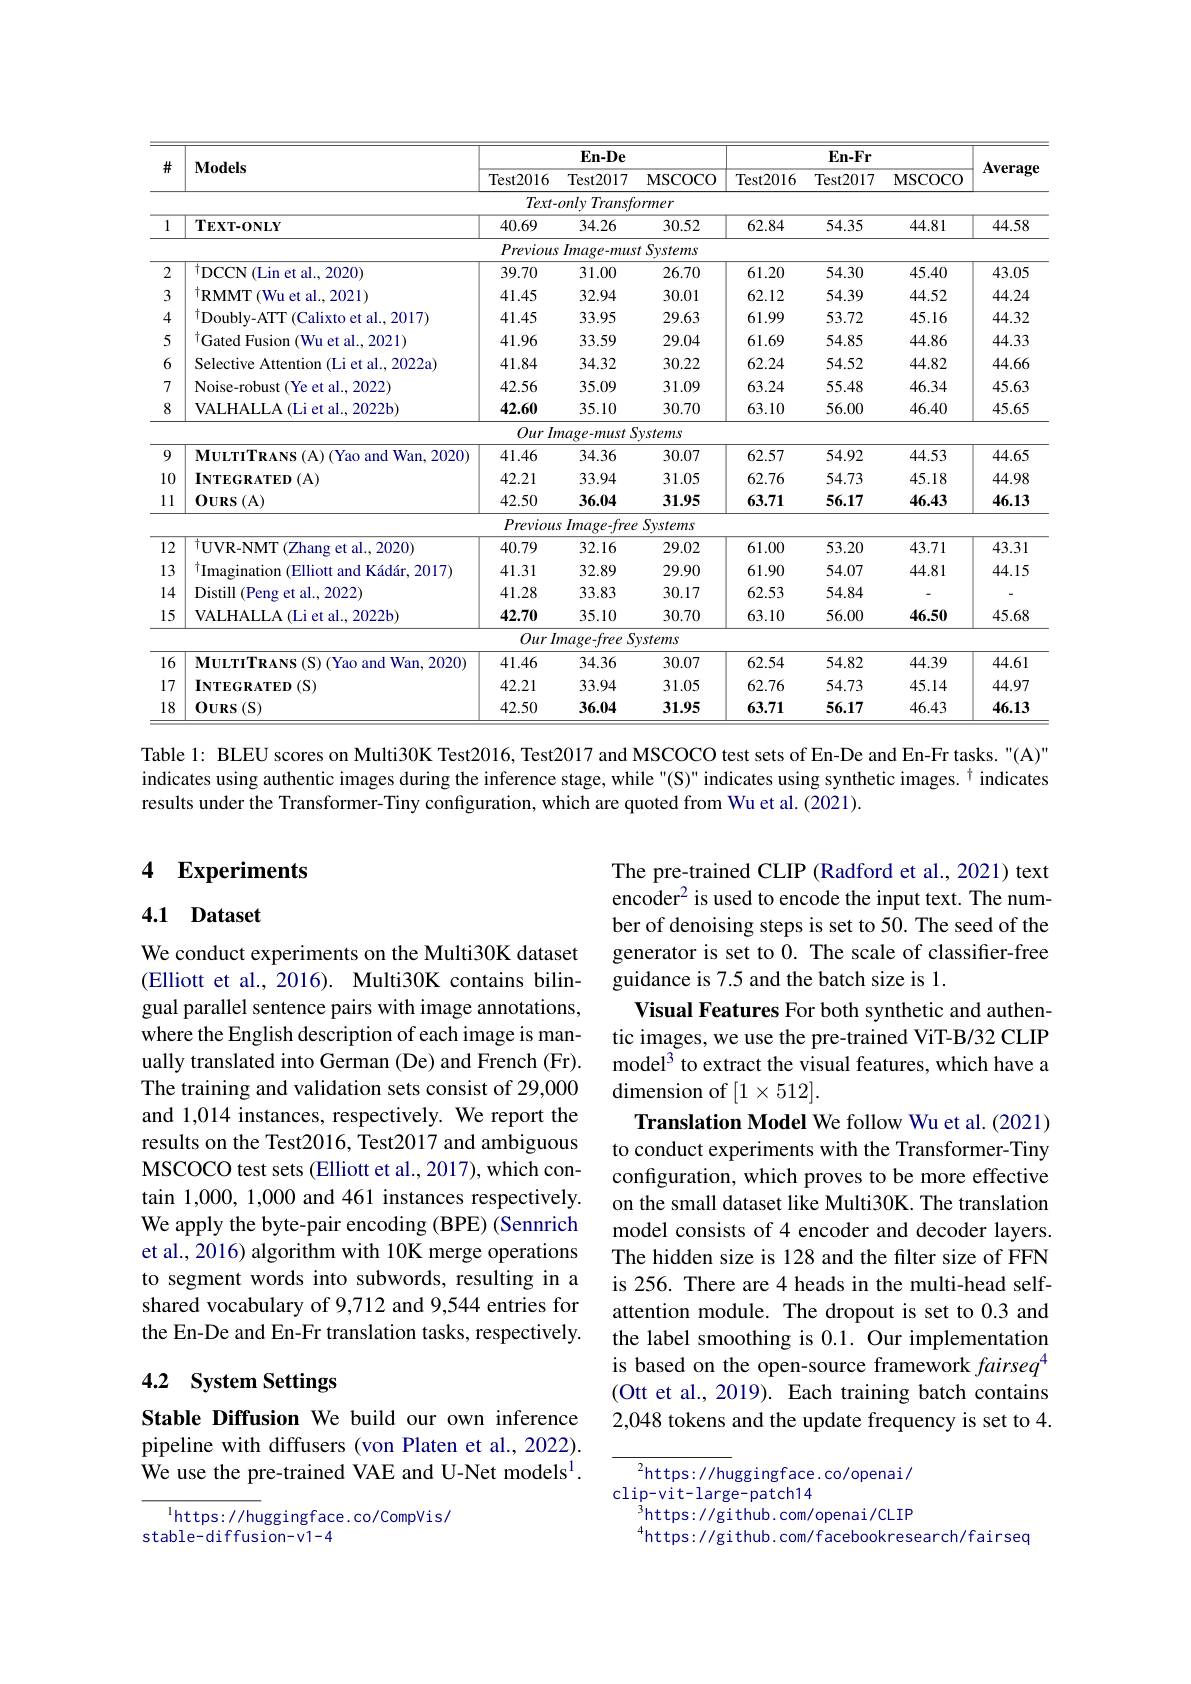
<table>
	<tbody>
		<tr>
			<th rowspan="2">井</th>
			<th rowspan="2">$\mathbf{Models}$</th>
			<th colspan="3">$\mathbf{En-De}$</th>
			<th> </th>
			<th colspan="2">$\mathbf{En-Fr}$</th>
			<th rowspan="2">Average</th>
		</tr>
		<tr>
			<th>Test2016</th>
			<th>Test2017</th>
			<th>MSCOCO</th>
			<th>Test2016</th>
			<th>Test2017</th>
			<th>MSCOCO</th>
		</tr>
		<tr>
			<td> </td>
			<td> </td>
			<td>$Text-$</td>
			<td>only Transf</td>
			<td>rmer</td>
			<td> </td>
			<td> </td>
			<td> </td>
			<td> </td>
		</tr>
		<tr>
			<td>1</td>
			<td>$\mathbf{TEXT-ONLY}$</td>
			<td>40.69</td>
			<td>34.26</td>
			<td>30.52</td>
			<td>62.84</td>
			<td>54.35</td>
			<td>44.81</td>
			<td>44.58</td>
		</tr>
		<tr>
			<td> </td>
			<td> </td>
			<td>Previous</td>
			<td>$Image-mus$</td>
			<td>Systems</td>
			<td> </td>
			<td> </td>
			<td> </td>
			<td> </td>
		</tr>
		<tr>
			<td>2</td>
			<td>$^{\dagger}$DCCN (Lin et al., 2020)</td>
			<td>39.70</td>
			<td>31.00</td>
			<td>26.70</td>
			<td>61.20</td>
			<td>54.30</td>
			<td>45.40</td>
			<td>43.05</td>
		</tr>
		<tr>
			<td>3</td>
			<td>$^{\dagger }$RMMT ( Wu et al. , 2021) </td>
			<td>41.45</td>
			<td>32.94</td>
			<td>30.01</td>
			<td>62.12</td>
			<td>54.39</td>
			<td>44.52</td>
			<td>44.24</td>
		</tr>
		<tr>
			<td>4</td>
			<td>$^{\dagger}$Doubly-ATT (Calixto et al., 2017)</td>
			<td>41.45</td>
			<td>33.95</td>
			<td>29.63</td>
			<td>61.99</td>
			<td>53.72</td>
			<td>45.16</td>
			<td>44.32</td>
		</tr>
		<tr>
			<td>5</td>
			<td>$^{\dagger}$Gated Fusion (Wu et al., 2021)</td>
			<td>41.96</td>
			<td>33.59</td>
			<td>29.04</td>
			<td>61.69</td>
			<td>54.85</td>
			<td>44.86</td>
			<td>44.33</td>
		</tr>
		<tr>
			<td>6</td>
			<td>Selective Attention (Li et al., 2022a)</td>
			<td>41.84</td>
			<td>34.32</td>
			<td>30.22</td>
			<td>62.24</td>
			<td>54.52</td>
			<td>44.82</td>
			<td>44.66</td>
		</tr>
		<tr>
			<td>7</td>
			<td>Noise-robust (Ye et al., 2022]</td>
			<td>42.56</td>
			<td>35.09</td>
			<td>31.09</td>
			<td>63.24</td>
			<td>55.48</td>
			<td>46.34</td>
			<td>45.63</td>
		</tr>
		<tr>
			<td>8</td>
			<td>VALHALLA (Li et al., 2022b)</td>
			<td>42.60</td>
			<td>35.10</td>
			<td>30.70</td>
			<td>63.10</td>
			<td>56.00</td>
			<td>46.40</td>
			<td>45.65</td>
		</tr>
		<tr>
			<td> </td>
			<td> </td>
			<td>Our $I_{1}$</td>
			<td>$nage-must$</td>
			<td>ystems</td>
			<td> </td>
			<td> </td>
			<td> </td>
			<td> </td>
		</tr>
		<tr>
			<td>9</td>
			<td>$\mathbf{M}$ULTITRANS(A)(Yao and Wan, 2020)</td>
			<td>41.46</td>
			<td>34.36</td>
			<td>30.07</td>
			<td>62.57</td>
			<td>54.92</td>
			<td>44.53</td>
			<td>44.65</td>
		</tr>
		<tr>
			<td>10 1</td>
			<td>$INTEGRATED(A)$</td>
			<td>42.21</td>
			<td>33.94</td>
			<td>31.05</td>
			<td>62.76</td>
			<td>54.73</td>
			<td>45.18</td>
			<td>44.98</td>
		</tr>
		<tr>
			<td>11 112</td>
			<td>0URS(A)</td>
			<td>42.50</td>
			<td>36.04</td>
			<td>31.95</td>
			<td>63.71</td>
			<td>56.17</td>
			<td>46.43</td>
			<td>46.13</td>
		</tr>
		<tr>
			<td> </td>
			<td> </td>
			<td>Previou</td>
			<td>$Image-free$ S</td>
			<td>Systems</td>
			<td> </td>
			<td> </td>
			<td> </td>
			<td> </td>
		</tr>
		<tr>
			<td>12 1</td>
			<td>$^{\dagger}\mathbf{U}\mathbf{V}\mathbf{R}-\mathbf{N}\mathbf{M}\mathbf{T}($ (Zhang et al..2020)</td>
			<td>40.79</td>
			<td>32.16</td>
			<td>29.02</td>
			<td>61.00</td>
			<td>53.20</td>
			<td>43.71</td>
			<td>43.31</td>
		</tr>
		<tr>
			<td>13</td>
			<td>$^{\dagger}$Imagination (Elliott and Kádár, 2017)</td>
			<td>41.31</td>
			<td>32.89</td>
			<td>29.90</td>
			<td>61.90</td>
			<td>54.07</td>
			<td>44.81</td>
			<td>44.15</td>
		</tr>
		<tr>
			<td>12 [4</td>
			<td>Distill ( Peng et al. , 2022) </td>
			<td>41.28</td>
			<td>33.83</td>
			<td>30.17</td>
			<td>62.53</td>
			<td>54.84</td>
			<td> </td>
			<td> </td>
		</tr>
		<tr>
			<td>15 11</td>
			<td>VALHALLA ( Li et al. , 2022b) </td>
			<td>42.70</td>
			<td>35.10</td>
			<td>30.70</td>
			<td>63.10</td>
			<td>56.00</td>
			<td>46.50</td>
			<td>45.68</td>
		</tr>
		<tr>
			<td> </td>
			<td> </td>
			<td>Our ,</td>
			<td>$mage-free$ T</td>
			<td>ystems</td>
			<td> </td>
			<td> </td>
			<td> </td>
			<td> </td>
		</tr>
		<tr>
			<td>16</td>
			<td>$\mathbf{M}\mathbf{U}\mathbf{L}\mathbf{T}\mathbf{R}\mathbf{A}\mathbf{N}\mathbf{S}(\mathbf{S})\mathbf{~Y}\mathbf{a}\mathbf{o}$ and Wan,2020</td>
			<td>41.46</td>
			<td>34.36</td>
			<td>30.07</td>
			<td>62.54</td>
			<td>54.82</td>
			<td>44.39</td>
			<td>44.61</td>
		</tr>
		<tr>
			<td>17</td>
			<td>$INTEGRATED(S)$</td>
			<td>42.21</td>
			<td>33.94</td>
			<td>31.05</td>
			<td>62.76</td>
			<td>54.73</td>
			<td>45.14</td>
			<td>44.97</td>
		</tr>
		<tr>
			<td>18</td>
			<td>0URS(S)</td>
			<td>42.50</td>
			<td>36.04</td>
			<td>31.95</td>
			<td>63.71</td>
			<td>56.17</td>
			<td>46.43</td>
			<td>46.13</td>
		</tr>
	</tbody>
</table>

Table 1: BLEU scores on Multi30K Test2016, Test2017 and MSCOCO test sets of En-De and En-Fr tasks. "(A)" indicates using authentic images during the inference stage, while"(S)" indicates using synthetic images. $^{\dagger}$ indicates results under the Transformer-Tiny configuration, which are quoted from Wu et al. (2021).

### 4 $\mathbf{Experiments}$

### 4.1 Dataset

We conduct experiments on the Multi30K dataset (Elliott et al., 2016). Multi30K contains bilingual parallel sentence pairs with image annotations, where the English description of each image is manually translated into German (De) and French (Fr). The training and validation sets consist of 29,000 and 1,014 instances, respectively. We report the results on the Test2016, Test2017 and ambiguous MSCOCO test sets (Elliott et al., 2017), which contain 1,000, 1,000 and 461 instances respectively. We apply the byte-pair encoding (BPE) (Sennrich et al., 2016) algorithm with 10K merge operations to segment words into subwords, resulting in a shared vocabulary of 9,712 and 9,544 entries for the En-De and En-Fr translation tasks, respectively.

The pre-trained CLIP (Radford et al., 2021) text encoder$^2$ is used to encode the input text. The number of denoising steps is set to 50. The seed of the generator is set to 0. The scale of classifier-free guidance is 7.5 and the batch size is 1.
Visual Features For both synthetic and authentic images, we use the pre-trained ViT-B/32 CLIP model$^{3}$ to extract the visual features, which have a ${\mathrm{dimension~of~}}[1\times512].$
Translation Model We follow Wu et al.(2021) to conduct experiments with the Transformer-Tiny configuration, which proves to be more effective on the small dataset like Multi30K. The translation model consists of 4 encoder and decoder layers. The hidden size is 128 and the filter size of FFN is 256. There are 4 heads in the multi-head selfattention module. The dropout is set to 0.3 and the label smoothing is 0.1. Our implementation is based on the open-source framework $fairseq^{4}$ (Ott et al., 2019). Each training batch contains 2,048 tokens and the update frequency is set to 4.

### 4.2 System Settings

Stable Diffusion We build our own inference pipeline with diffusers (von Platen et al., 2022). We use the pre-trained VAE and U-Net models$^{1}.$

${{^{2}\mathrm{https://huggingface.co/openai/}}}$
clip-vit-large-patch14
$^{3}$https://github.com/openai/CLIP
$^{4}$https: //gi thub. com/facebookresearch/fairseq

$^{1}$https: / / huggingface. co/ CompVi s/
stable-diffusion-v1-4